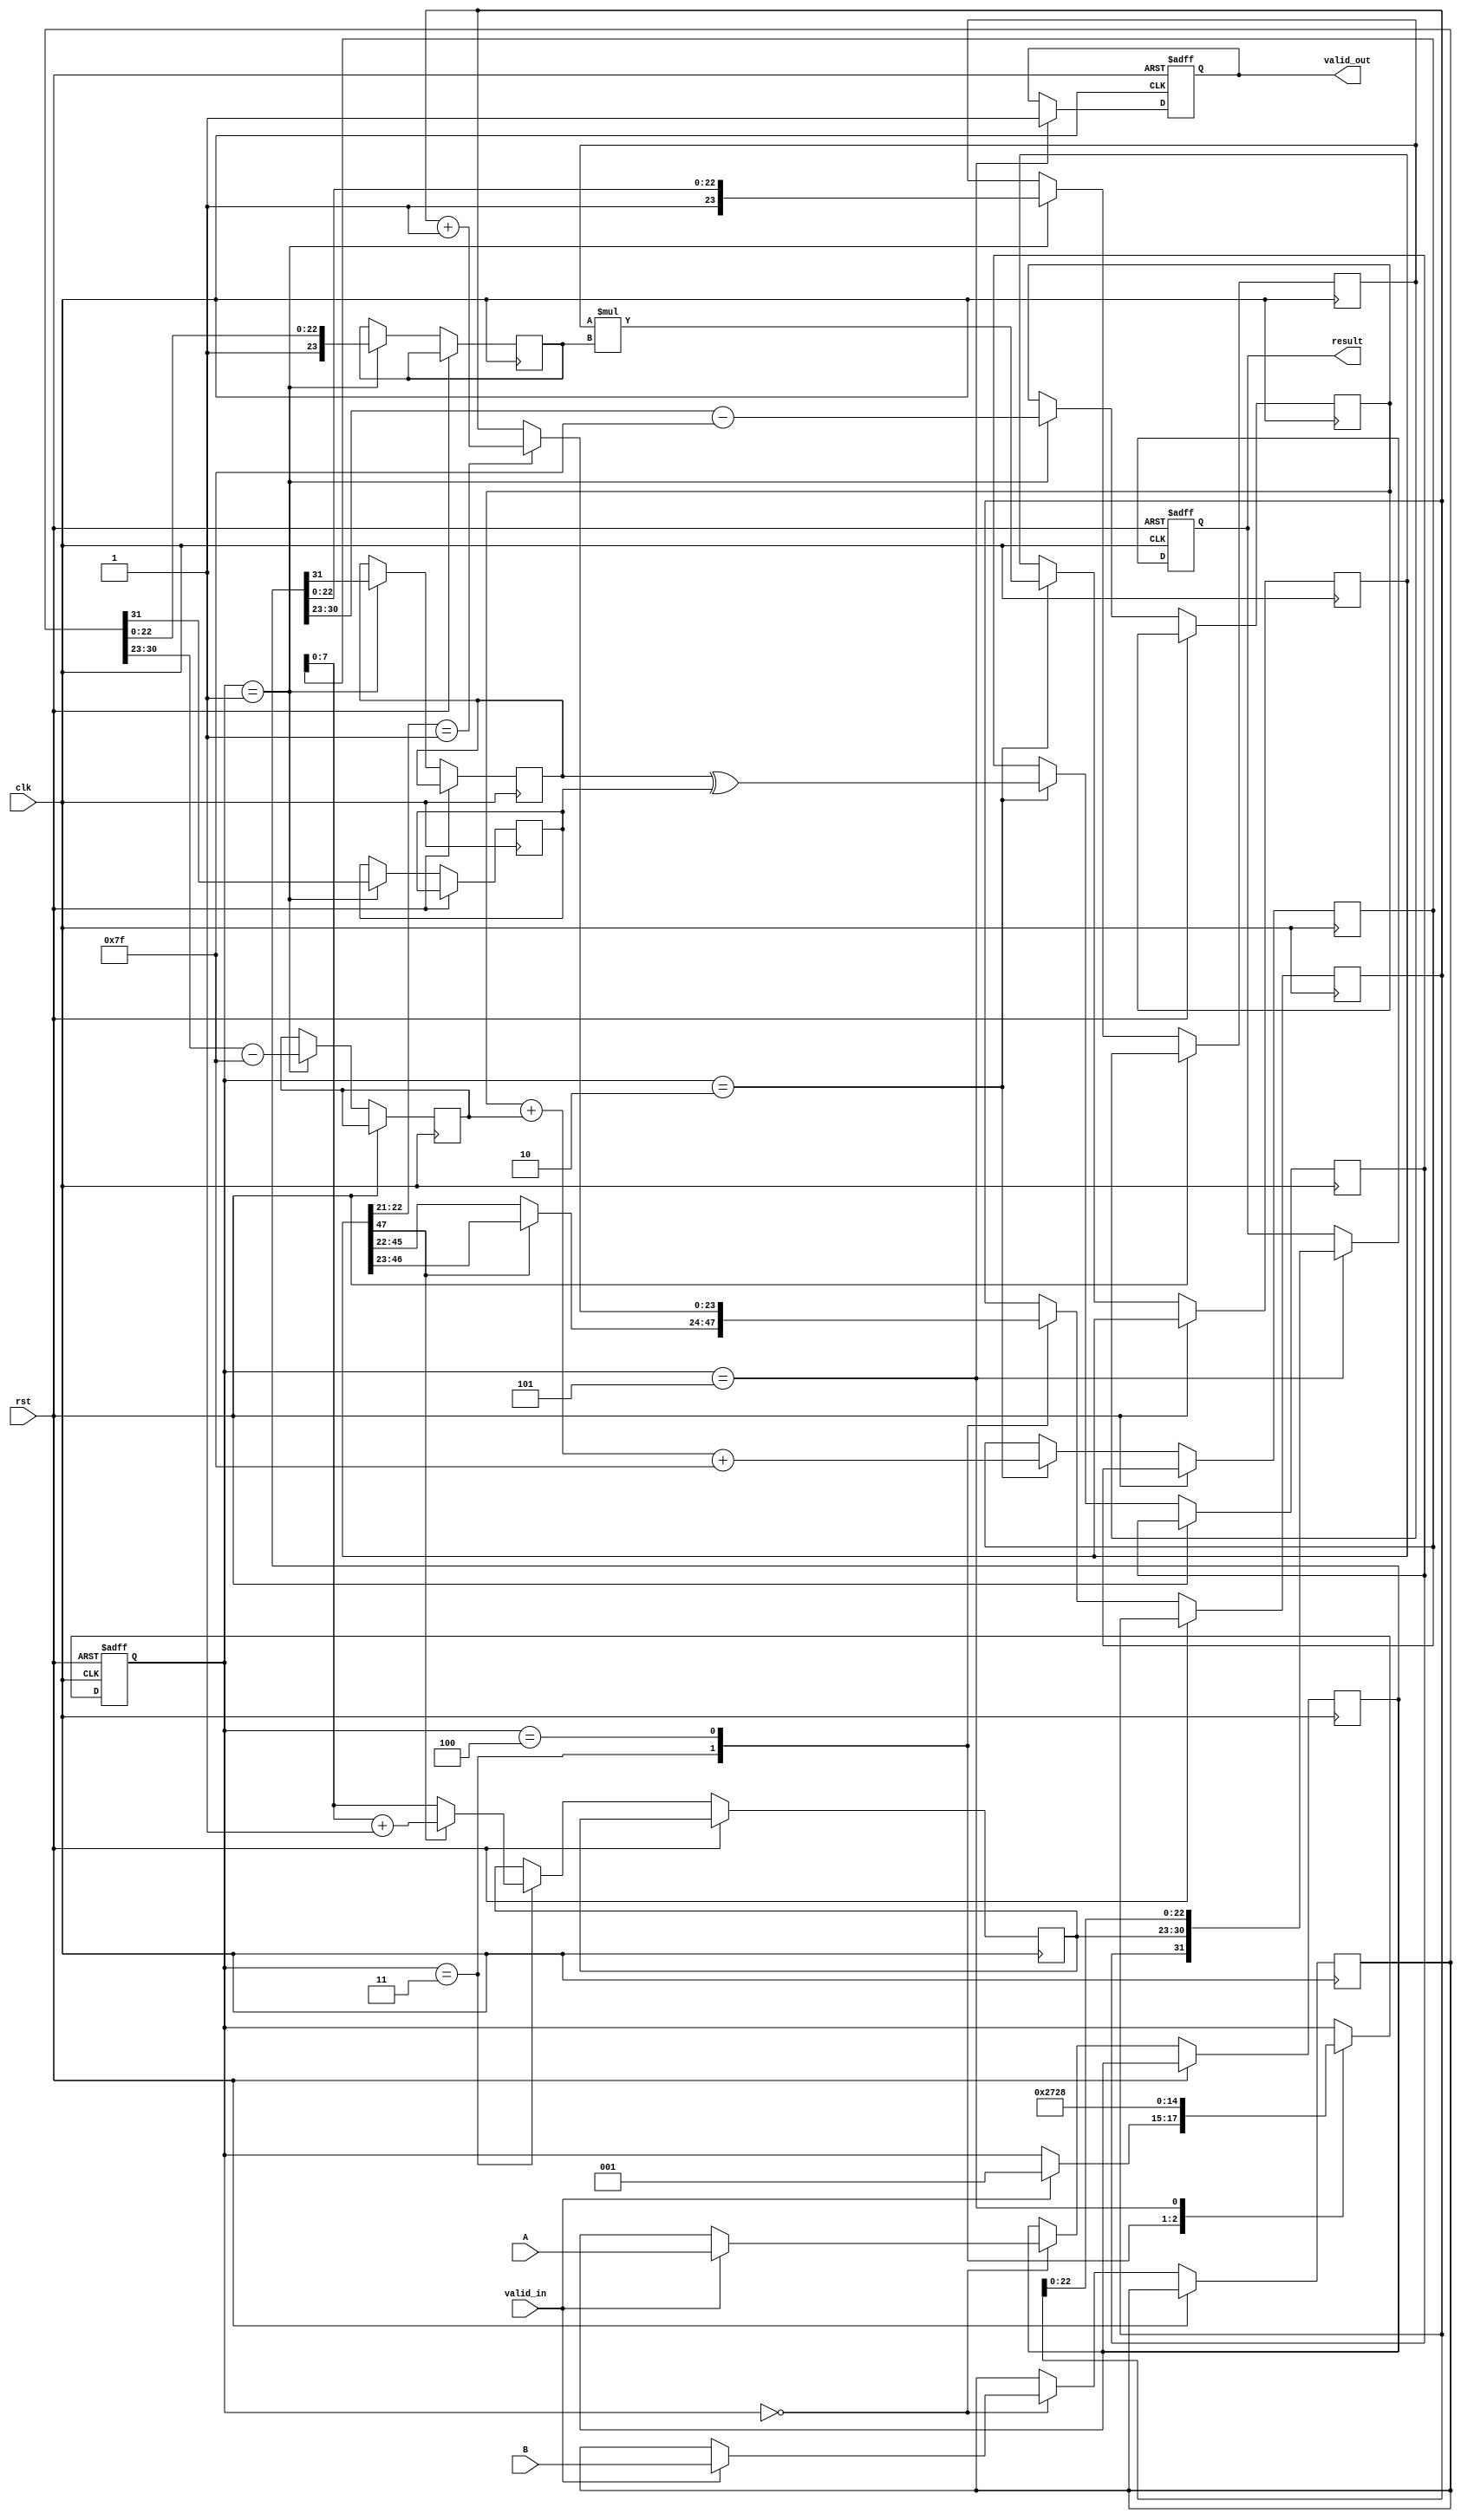
module floating_point_multiplier (
    input wire clk,
    input wire rst,
    input wire valid_in,
    input wire [31:0] A,  // 32-bit floating-point input A
    input wire [31:0] B,  // 32-bit floating-point input B
    output reg valid_out,
    output reg [31:0] result // 32-bit floating-point output
);

// Pipeline registers
reg [31:0] A_reg, B_reg; // Input registers
reg [23:0] mantissa_a, mantissa_b; // Mantissa fields
reg [7:0] exponent_a, exponent_b; // Exponent fields
reg sign_a, sign_b; // Sign bits
reg [47:0] mantissa_product; // Product of mantissas
reg [8:0] exponent_result; // Resulting exponent
reg sign_result; // Resulting sign
reg [23:0] mantissa_result; // Resulting mantissa
reg [7:0] exponent_final; // Final exponent

// Control signals
reg [2:0] state; // State for pipeline control
localparam IDLE = 3'b000, INPUT = 3'b001, NORMALIZE = 3'b010, MULTIPLY = 3'b011, ROUND = 3'b100, OUTPUT = 3'b101;

// State machine for pipelining
always @(posedge clk or posedge rst) begin
    if (rst) begin
        state <= IDLE;
        valid_out <= 0;
        result <= 32'b0;
    end else begin
        case (state)
            IDLE: begin
                if (valid_in) begin
                    A_reg <= A;
                    B_reg <= B;
                    state <= INPUT;
                end
            end
            INPUT: begin
                // Extract sign, exponent, and mantissa
                sign_a <= A_reg[31];
                exponent_a <= A_reg[30:23] - 8'd127; // Remove bias
                mantissa_a <= {1'b1, A_reg[22:0]}; // Implicit leading 1
                sign_b <= B_reg[31];
                exponent_b <= B_reg[30:23] - 8'd127; // Remove bias
                mantissa_b <= {1'b1, B_reg[22:0]}; // Implicit leading 1
                state <= NORMALIZE;
            end
            NORMALIZE: begin
                // Multiply mantissas
                mantissa_product <= mantissa_a * mantissa_b;
                // Calculate the resulting exponent
                exponent_result <= exponent_a + exponent_b + 8'd127; // Add bias
                sign_result <= sign_a ^ sign_b; // XOR for sign
                state <= MULTIPLY;
            end
            MULTIPLY: begin
                // Normalize the product
                if (mantissa_product[47]) begin
                    mantissa_result <= mantissa_product[46:23]; // Shift right
                    exponent_final <= exponent_result + 1; // Adjust exponent
                end else begin
                    mantissa_result <= mantissa_product[45:22]; // Keep as is
                    exponent_final <= exponent_result; // No adjustment
                end
                state <= ROUND;
            end
            ROUND: begin
                // Rounding logic (round to nearest)
                if (mantissa_product[22:21] == 2'b01) begin
                    mantissa_result <= mantissa_result + 1; // Round up
                end
                state <= OUTPUT;
            end
            OUTPUT: begin
                // Combine sign, exponent, and mantissa into result
                result <= {sign_result, exponent_final[7:0], mantissa_result[22:0]};
                valid_out <= 1; // Signal valid output
                state <= IDLE; // Go back to IDLE
            end
        endcase
    end
end

endmodule